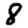
Digit: 8